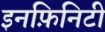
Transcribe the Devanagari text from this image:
इनफ़िनिटी